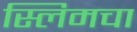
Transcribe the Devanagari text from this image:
स्लिमचा